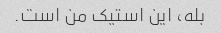
بله، این استیک من است.